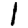
Digit: 1